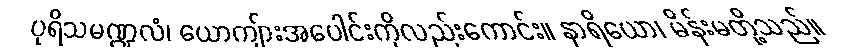
ပုရိသမဏ္ဍလံ၊ ယောကျ်ားအပေါင်းကိုလည်းကောင်း။ နာရိယော၊ မိန်းမတို့သည်။